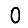
Digit: 0